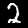
Label: 2